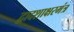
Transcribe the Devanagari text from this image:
द्वादशाक्षरमंत्र